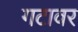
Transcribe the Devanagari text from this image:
गटावर